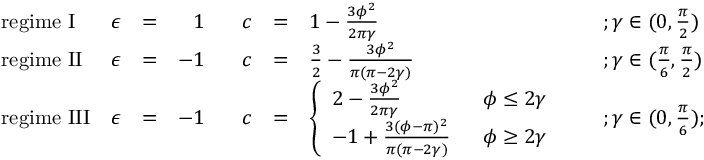
\begin{array} { l l l r l l l l } { { \mathrm { r e g i m e ~ I } } } & { { \epsilon } } & { { = } } & { { 1 \; \; \; } } & { { c } } & { { = } } & { { 1 - \frac { 3 \phi ^ { 2 } } { 2 \pi \gamma } \; \; \; \; } } & { { ; \gamma \in ( 0 , \frac { \pi } { 2 } ) } } \\ { { \mathrm { r e g i m e ~ I I } } } & { { \epsilon } } & { { = } } & { { - 1 \; \; \; } } & { { c } } & { { = } } & { { \frac { 3 } { 2 } - \frac { 3 \phi ^ { 2 } } { \pi ( \pi - 2 \gamma ) } \; \; \; \; } } & { { ; \gamma \in ( \frac { \pi } { 6 } , \frac { \pi } { 2 } ) } } \\ { { \mathrm { r e g i m e ~ I I I } } } & { { \epsilon } } & { { = } } & { { - 1 \; \; \; } } & { { c } } & { { = } } & { { \left\{ \begin{array} { l l } { { 2 - \frac { 3 \phi ^ { 2 } } { 2 \pi \gamma } } } & { { \; \; \phi \leq 2 \gamma } } \\ { { - 1 + \frac { 3 ( \phi - \pi ) ^ { 2 } } { \pi ( \pi - 2 \gamma ) } } } & { { \; \; \phi \geq 2 \gamma } } \end{array} \right. \; \; \; \; } } & { { ; \gamma \in ( 0 , \frac { \pi } { 6 } ) ; . } } \end{array}